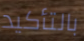
بالتأكيد